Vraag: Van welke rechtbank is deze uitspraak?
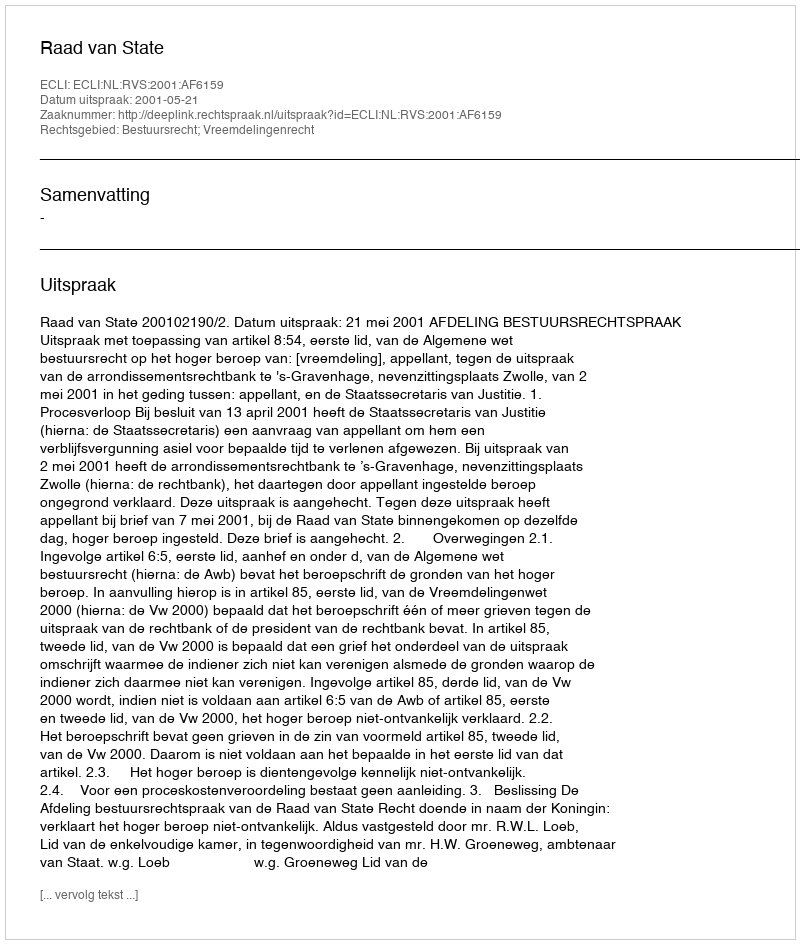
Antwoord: Raad van State